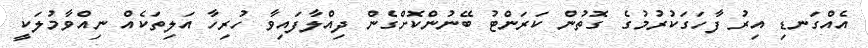
އެއްގަނޑި އިރު ފާހަގަކުރުމުގެ ގޮތުން ކަރަންޓު ބޭނުންކޮށްގެން ދިއްލާފައިވާ ހުރިހާ އަލިތަކެއް ނިއްވާމުލަކީ